Leprosy in India: report of the Leprosy Commission in India, 1890-91
Year: 1890
Disease focus: Leprosy
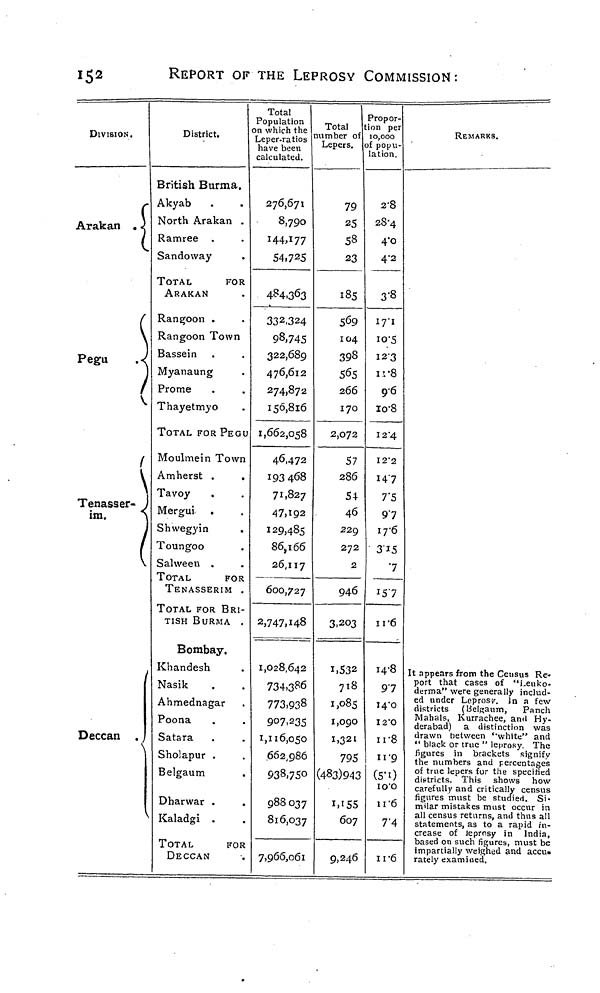
152
REPORT OF THE LEPROSY COMMISSION:
DIVISION.
Arakan .
\
Pegu
.
Tenasser-
im.
Deccan
District.
British Burma.
Akyab
North Arakan .
Ramree .
Sandoway
TOTAL
FOR
ARAKAN
Rangoon .
Rangoon Town
Bassein
Myanaung
Prome
Thayetmyo
TOTAL FOR PEGU
Moulmein Town
Amherst .
Tavoy
Mergui
Shwegyin
Toungoo
Sahveen .
TOTAL
FOR
TENASSERIM .
TOTAL FOR BRI-
TISH BURMA .
Bombay.
Khandesh
Nasik
Ahmednagar
Poona
Satara
Sholapur .
Belgaum
.
Dharwar .
Kaladgi .
TOTAL
FOR
DECCAN
Total
Population
n which the
Leper-ratios
lave been
calculated.
276,671
8,790
144,177
54,725
484,363
332.324
98,745
322,689
476,612
274,872
156,816
1,662,058
46,472
193 468
71,827
47,192
129,485
86,166
26,117
600,727
2,747,148
1,028,642
734,386
773,93°9
07,235
1,110,050
938,750
988 037
816,037
7,966,061
Total
member of
Lepers.
79
25
58
23
185
569
104
398
565
266
170
2,072
57
286
54
46
229
272
2
946
3,203
1,532
718
1,085
1,090
1,321
795
(483)943
1,155
007
9,246
Propor-
tion per
0,000
popu-
lation.
2.8
28.4
4.0
4.2
3.8
17.1
10.5
12.3
11.8
96
10.8
12.4
12.2
14.7
7.5
97
17.6
3.15
7
15.7
11.6
14.8
97
14.0
12.0
11.8
11.9
(5.1)
10.0
11.0
7.4
11.6
REMARKS.
It appears from the Census Re-
port that cases of "Leuko-
derma" were generally includ-
ed under Leprose. In a few
districts (Belgaum,
Panch
Mahals, Kurrachee, and Hy-
derabad) a distinction was
drawn between "white" and
" black, or true " leprosy The
figures in brackets signify
the numbers and percentages
of true lepers for the specified
districts. This shows how
carefully and critically census
figures must be studied. Si-
milar mistakes must occur in
all census returns, and thus all
statements, as to a rapid in-
crease of leprosy in India,
based on such figures, must be
impartially weighed and accu-
rately examined.